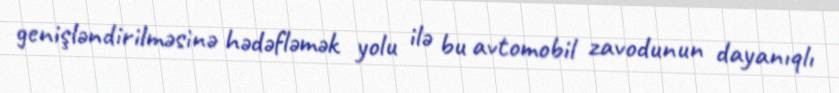
genişləndirilməsinə hədəfləmək yolu ilə bu avtomobil zavodunun dayanıqlı